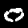
Digit: 0